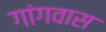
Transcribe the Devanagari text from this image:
गांगवास